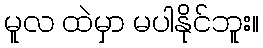
မူလ ထဲမှာ မပါနိုင်ဘူး။